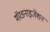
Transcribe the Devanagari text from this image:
मॉरडनाइजेशन